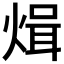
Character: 𭵓